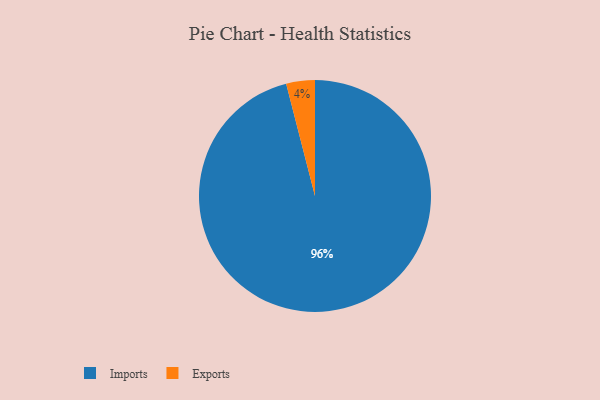
{"axis": {"x": "Category", "y": "Percentage"}, "legend": ["Exports", "Imports"], "data": [{"x": "Imports", "y": 96, "type": "Imports"}, {"x": "Exports", "y": 4, "type": "Exports"}]}